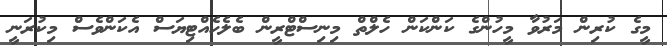
މީގެ ކުރިން މަރުވާ މީހުންގެ ކަންކަން ހެލްތް މިނިސްޓްރީން ބެލެހެއްޓިޔަސް އެކަންވެސް މިކުރަނީ